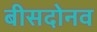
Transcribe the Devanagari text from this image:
बीसदोनव